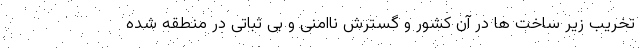
تخریب زیر ساخت ها در آن کشور و گسترش ناامنی و بی ثباتی در منطقه شده